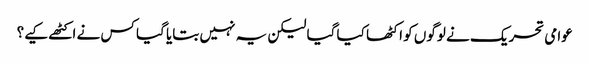
عوامی تحریک نے لوگوں کو اکٹھا کیا گیا لیکن یہ نہیں بتایا گیا کس نے اکٹھے کیے؟